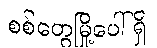
စစ်တွေမြို့ပေါ်ရှိ